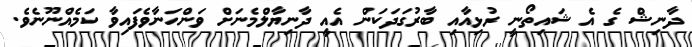
ދާނިޝް ގެ އެ ޝައިތޯނީ ރުޅިއާއި ބާރުގަދަކަން އެއީ ދާނިޔާލްމެނަށް ވަންހަނާވެފައިވާ ކަމެއްނޫނެވެ.